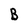
Character: B